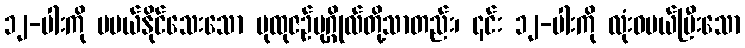
၁၂-ပါးကို မပယ်နိုင်သေးသော ပုထုဇဉ်ပုဂ္ဂိုလ်တို့သာတည်း၊ ၎င်း ၁၂-ပါးကို လုံးဝပယ်ပြီးသော